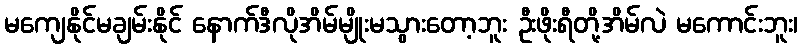
မကျေနိုင်မချမ်းနိုင် နောက်ဒီလိုအိမ်မျိုးမသွားတော့ဘူး ဦးဖိုးရီတို့အိမ်လဲ မကောင်းဘူး၊